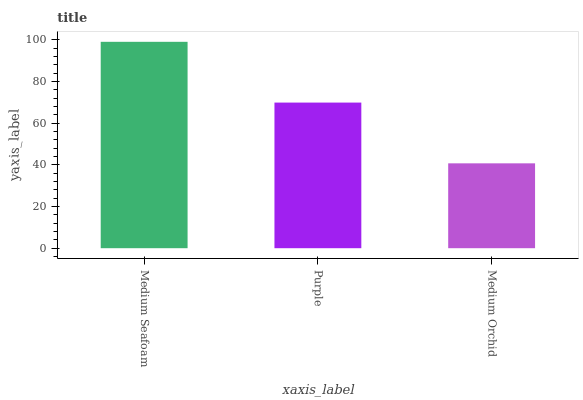
| xaxis_label | bars |
 | --- | --- |
 | Medium Seafoam | 99 |
 | Purple | 69.9 |
 | Medium Orchid | 40.7 |